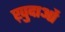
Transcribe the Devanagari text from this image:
ख़़ुदाओं